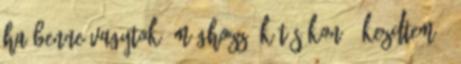
ha benne vagytok, méghozzá két síkon – kezdtem –